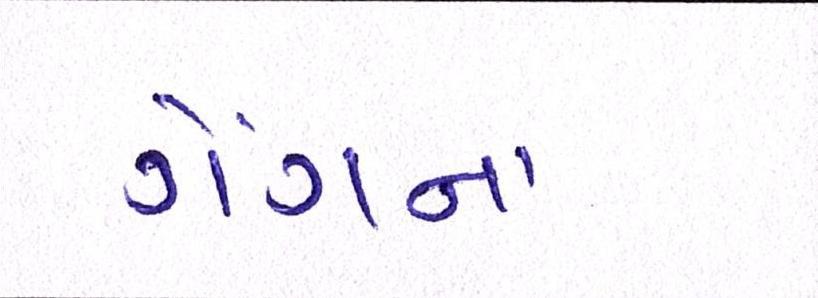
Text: ગેંગના